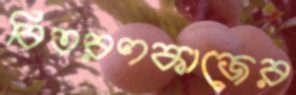
বিতরণকাজের